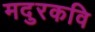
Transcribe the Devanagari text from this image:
मदुरकवि